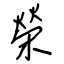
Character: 榮